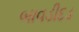
બાવડીદડ